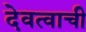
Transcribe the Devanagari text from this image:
देवत्वाची